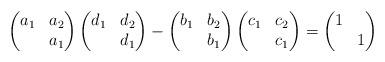
LaTeX: \begin{align*} \begin{pmatrix} a_1 & a_2 \\ & a_1 \end{pmatrix} \begin{pmatrix} d_1 & d_2 \\ & d_1 \end{pmatrix} -\begin{pmatrix} b_1 & b_2 \\ & b_1 \end{pmatrix} \begin{pmatrix} c_1 & c_2 \\ & c_1 \end{pmatrix} = \begin{pmatrix} 1 & \\ & 1 \end{pmatrix} \end{align*}